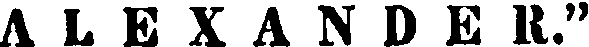
ALEXANDER."